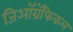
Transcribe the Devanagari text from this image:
जिऑग्रॅफिकल